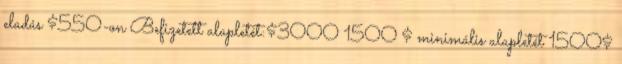
eladás $550-on Befizetett alapletét:$3000 1500 $ minimális alapletét 1500$